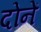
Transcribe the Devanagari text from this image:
दोनें